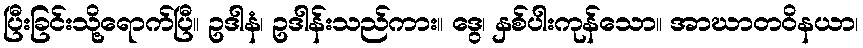
ပြီးခြင်းသို့ရောက်ပြီ။ ဥဒါနံ၊ ဥဒါန်းသည်ကား။ ဒွေ၊ နှစ်ပါးကုန်သော။ အာဃာတဝိနယာ၊